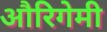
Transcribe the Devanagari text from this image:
औरिगेमी